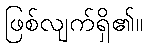
ဖြစ်လျက်ရှိ၏။